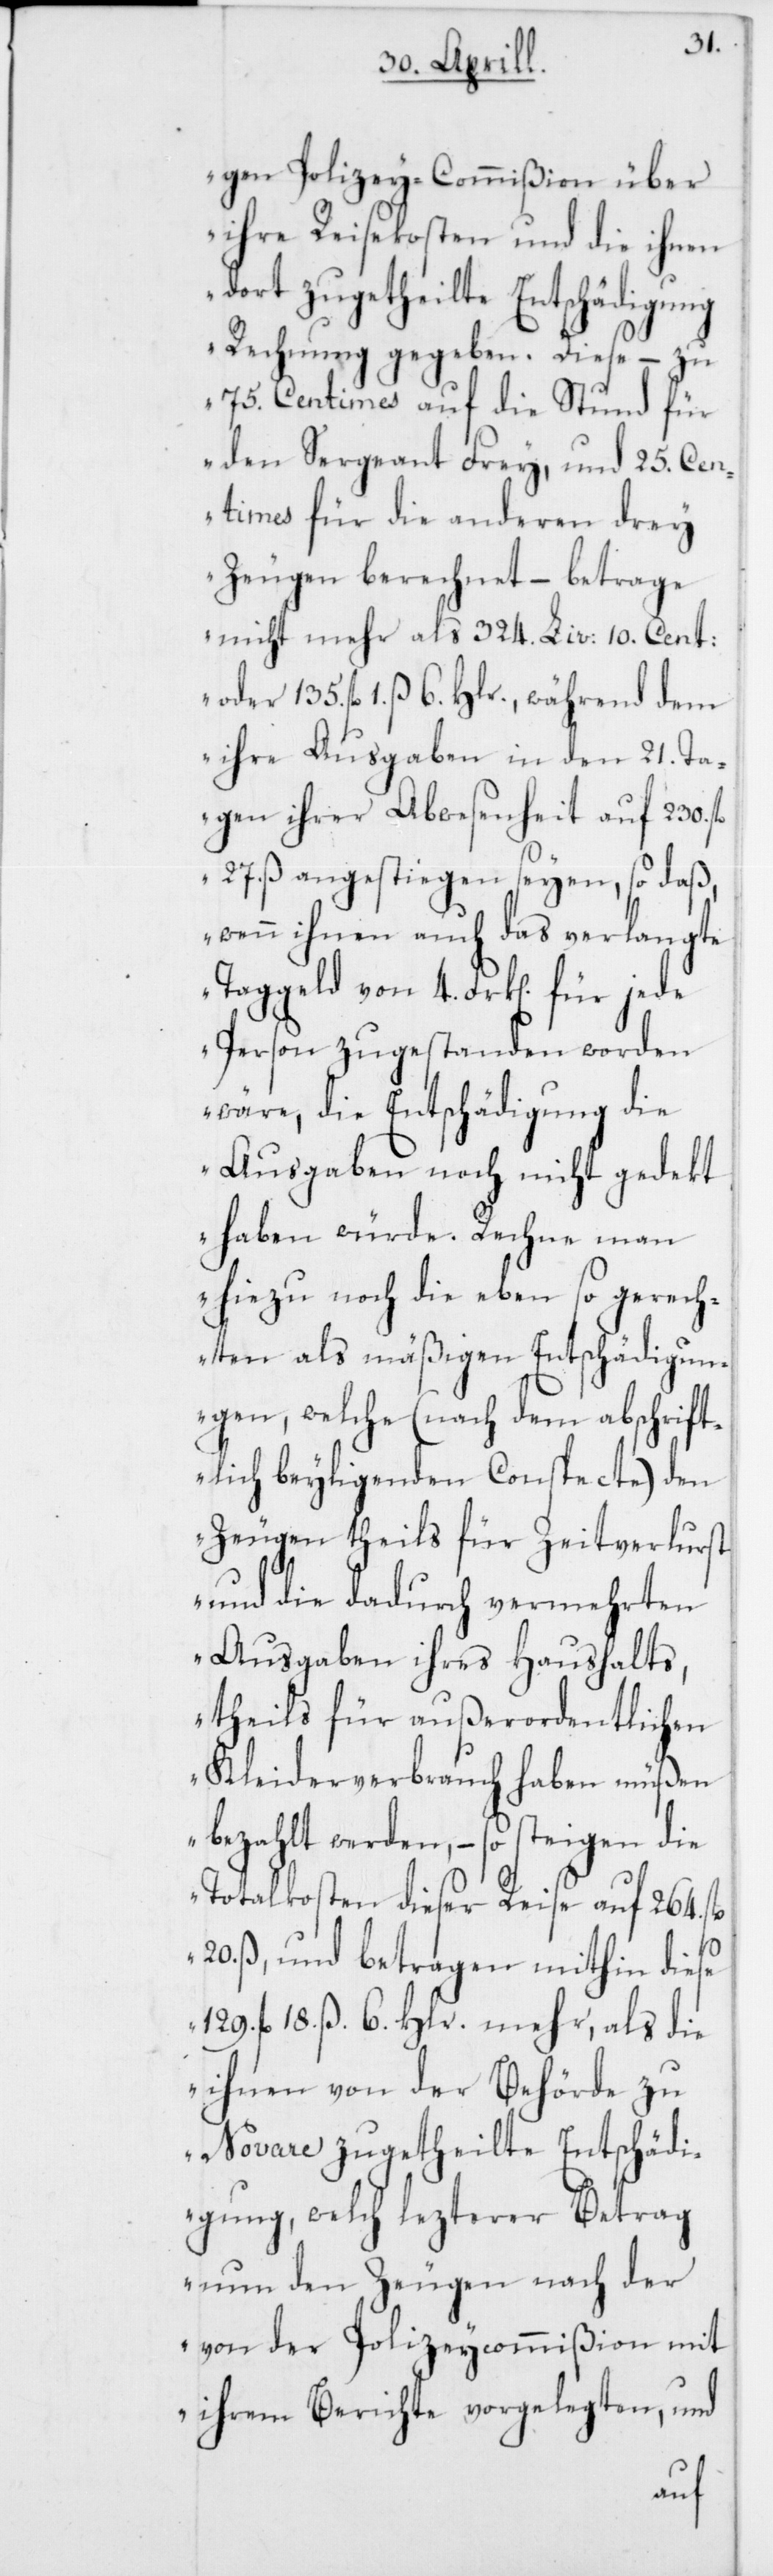
gen Polizey-Commißion über
ihre Reisekosten und die ihnen
dort zugetheilte Entschädigung
Rechnung gegeben. Diese – zu
75. Centimes auf die Stund für
den Sergeant Frey, und 25. Cen¬
times für die anderen drey
Zeugen berechnet – betrage
nicht mehr als 324. Liv. 10. Cent:
fl. 1. ß 6. Hlr., während dem
ihre Ausgaben in den 21. Ta¬
gen ihrer Abwesenheit auf 230.
27. ß angestiegen seyen, so daß,
wenn ihnen auch das verlangte
Taggeld von 4. Frk[en]. für jede
Person zugestanden worden
wäre, die Entschädigung die
Ausgaben noch nicht gedekt
haben würde. Rechne man
hiezu noch die eben so gerech¬
neten als mäßigen [sic!] Entschädig¬
ungen, welche (nach dem abschrift¬
lich beyligenden Conspecte) den
Zeugen theils für Zeitverlust
und die dadurch vermehrten
Ausgaben ihres Haushalts,
theils für außerordentlichen
Kleiderverbrauch haben müßen
bezahlt werden, – so steigen die
Totalkosten dieser Reise auf 264. fl.
20. ß, und betragen mithin diese
129. fl. 18. ß. 6. Hlr. mehr, als die
ihnen von der Behörde zu
Novare zugetheilte Entschädi¬
gung, welch lezterer Betrag
nun den Zeugen nach der
von der Polizeycommißion mit
ihrem Berichte vorgelegten, und